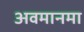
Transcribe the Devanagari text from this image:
अवमानमा